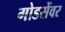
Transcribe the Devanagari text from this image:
गोडसेंवर